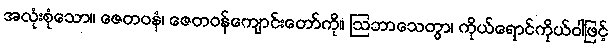
အလုံးစုံသော။ ဇေတဝနံ၊ ဇေတဝန်ကျောင်းတော်ကို။ ဩဘာသေတွာ၊ ကိုယ်ရောင်ကိုယ်ဝါဖြင့်